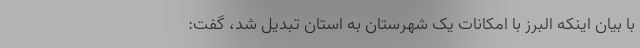
با بیان اینکه البرز با امکانات یک شهرستان به استان تبدیل شد، گفت: